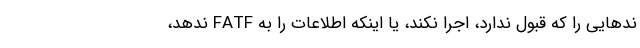
ند‌هایی را که قبول ندارد، اجرا نکند، یا اینکه اطلاعات را به FATF ندهد،